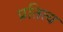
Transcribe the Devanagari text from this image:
प्रतित्य